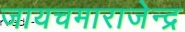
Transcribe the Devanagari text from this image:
जायचमाराजेन्द्र